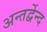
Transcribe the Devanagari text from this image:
अन्तर्द्वेन्द